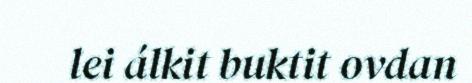
lei álkit buktit ovdan